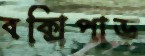
বক্সিপাড়